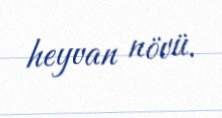
heyvan növü.